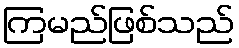
ကြမည်ဖြစ်သည်